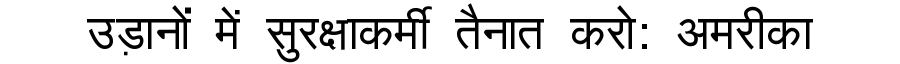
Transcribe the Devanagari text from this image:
उड़ानों में सुरक्षाकर्मी तैनात करो: अमरीका